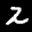
Label: 2